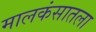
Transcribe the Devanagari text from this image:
मालकंसातला